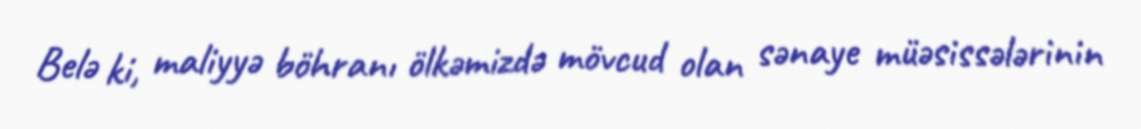
Belə ki, maliyyə böhranı ölkəmizdə mövcud olan sənaye müəsissələrinin